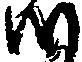
つ